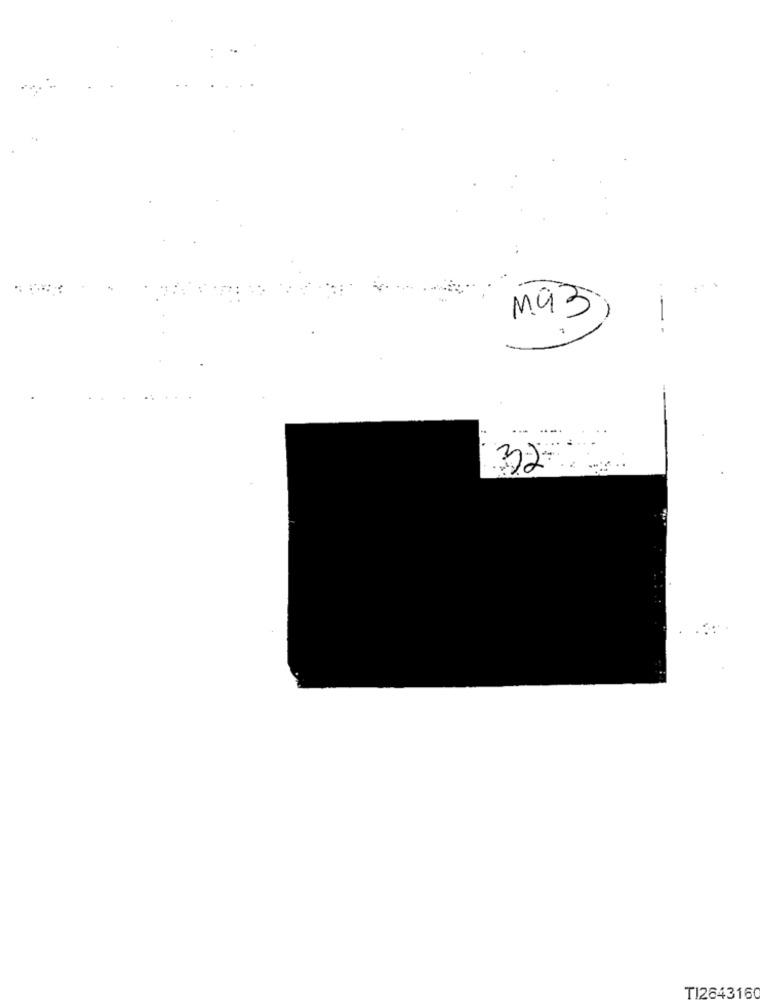
M93)
-
32
TI2643160